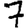
Digit: 7